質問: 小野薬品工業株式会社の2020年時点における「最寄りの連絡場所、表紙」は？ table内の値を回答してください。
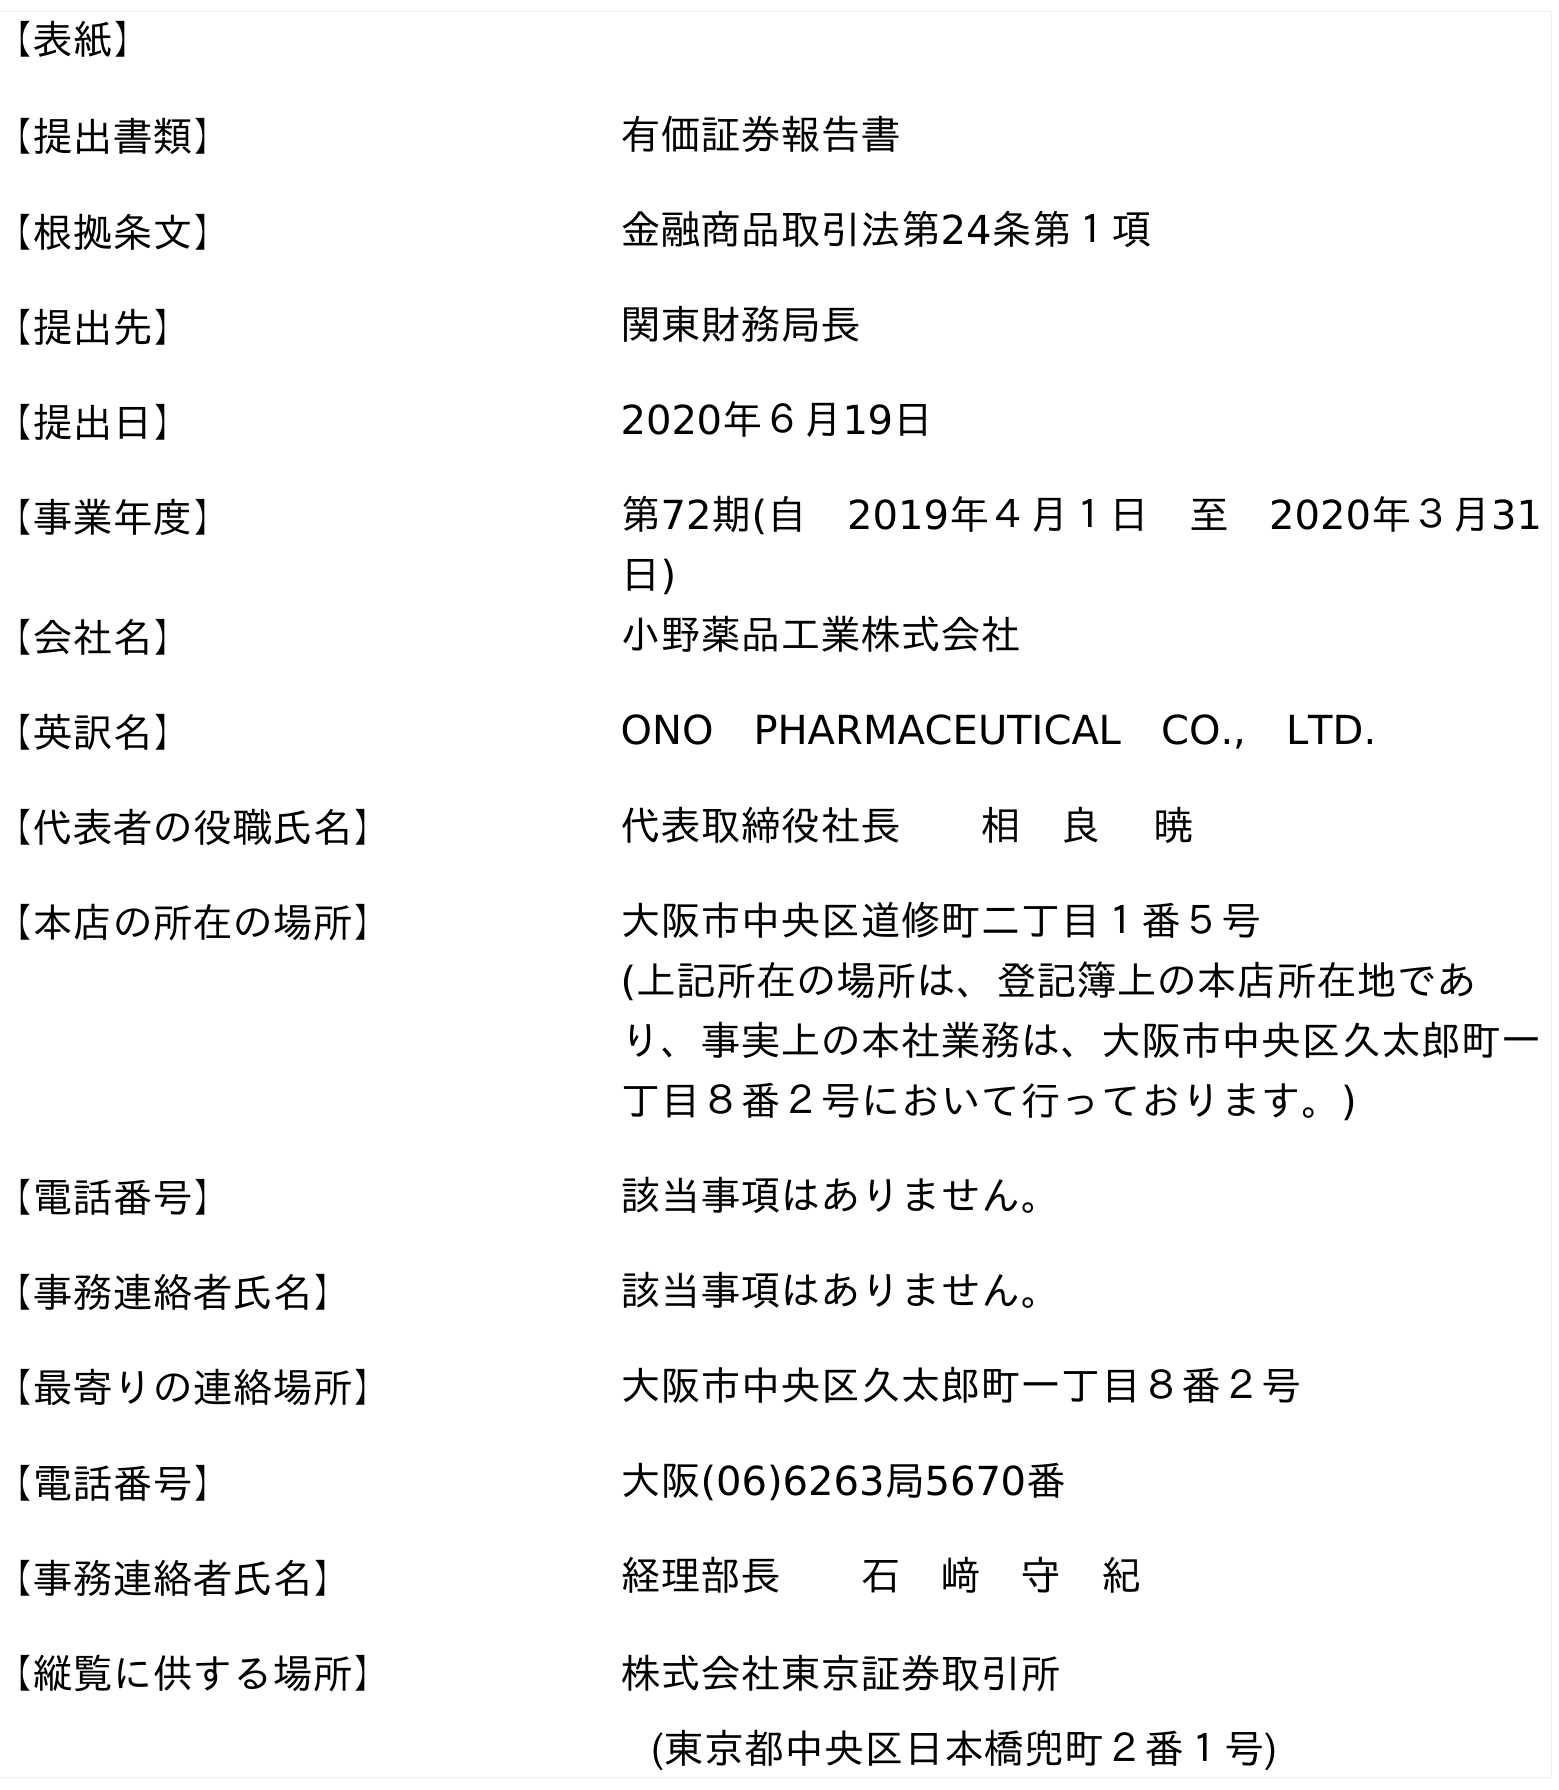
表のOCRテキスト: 【表紙】 【提出書類】 有価証券報告書 【根拠条文】 金融商品取引法第24条第１項 【提出先】 関東財務局長 【提出日】 2020年６月19日 【事業年度】 第72期(自 2019年４月１日 至 2020年３月31 日) 【会社名】 小野薬品工業株式会社 【英訳名】 ONO PHARMACEUTICAL CO., LTD. 【代表者の役職氏名】 代表取締役社長  相 良  暁 【本店の所在の場所】 大阪市中央区道修町二丁目１番５号 (上記所在の場所は、登記簿上の本店所在地であ り、事実上の本社業務は、大阪市中央区久太郎町一 丁目８番２号において行っております。) 【電話番号】 該当事項はありません。 【事務連絡者氏名】 該当事項はありません。 【最寄りの連絡場所】 大阪市中央区久太郎町一丁目８番２号 【電話番号】 大阪(06)6263局5670番 【事務連絡者氏名】 経理部長  石 﨑 守 紀 【縦覧に供する場所】 株式会社東京証券取引所 (東京都中央区日本橋兜町２番１号)
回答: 大阪市中央区久太郎町一丁目８番２号